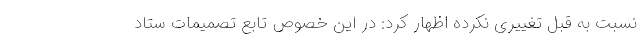
نسبت به قبل تغییری نکرده اظهار کرد: در این خصوص تابع تصمیمات ستاد